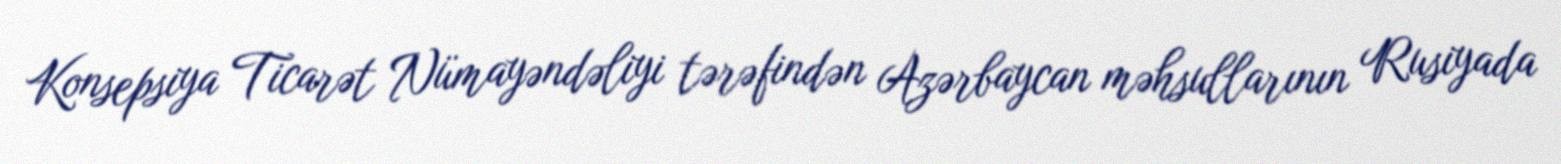
Konsepsiya Ticarət Nümayəndəliyi tərəfindən Azərbaycan məhsullarının Rusiyada